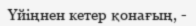
Үйіңнен кетер қонағың, -